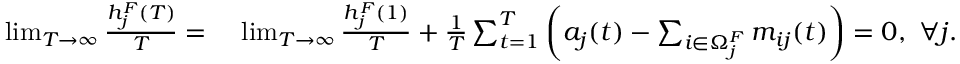
\begin{array} { r l } { \operatorname* { l i m } _ { T \to \infty } \frac { h _ { j } ^ { F } ( T ) } { T } = ~ } & { \operatorname* { l i m } _ { T \to \infty } \frac { h _ { j } ^ { F } ( 1 ) } { T } + \frac { 1 } { T } \sum _ { t = 1 } ^ { T } \left( a _ { j } ( t ) - \sum _ { i \in \Omega _ { j } ^ { F } } m _ { i j } ( t ) \right) = 0 , ~ \forall j . } \end{array}